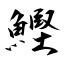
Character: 鰹